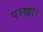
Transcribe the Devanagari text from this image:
परखा।